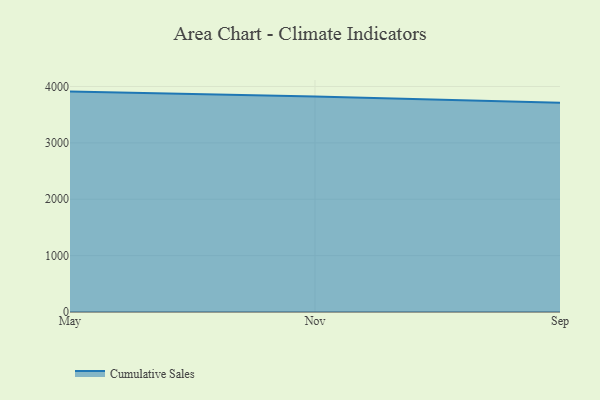
{"axis": {"x": "Month", "y": "Website Visitors"}, "legend": ["Cumulative Sales"], "data": [{"x": "May", "y": 3909.2, "type": "Cumulative Sales"}, {"x": "Nov", "y": 3823.8, "type": "Cumulative Sales"}, {"x": "Sep", "y": 3711.5, "type": "Cumulative Sales"}]}